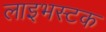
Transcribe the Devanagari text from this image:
लाइभस्टक